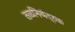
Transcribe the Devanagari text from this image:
तळनियंत्रक